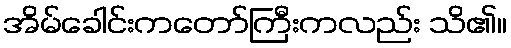
အိမ်ခေါင်းကတော်ကြီးကလည်း သိ၏။